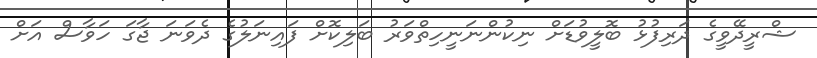
ޝްރީދޭވީގެ ދަރިފުޅު ބޮލީވުޑަށް ނިކުންނަނީހިތްވަރު ބަލިކޮށް ފައިނަލުގެ ދެވަނަ ޖާގަ ހަވާސް އަށް